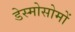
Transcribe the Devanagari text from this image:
डेस्मोसोमों